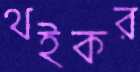
থইকর